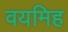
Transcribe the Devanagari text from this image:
वयमिह